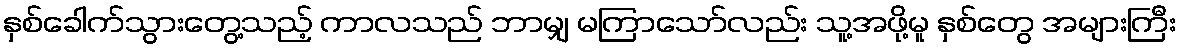
နှစ်ခေါက်သွားတွေ့သည့် ကာလသည် ဘာမျှ မကြာသော်လည်း သူ့အဖို့မူ နှစ်တွေ အများကြီး